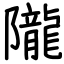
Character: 隴